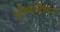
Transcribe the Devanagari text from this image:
एम्फिऑक्सस